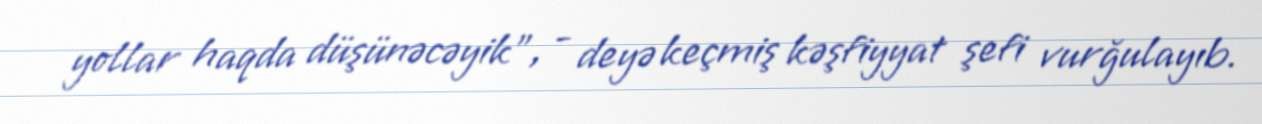
yollar haqda düşünəcəyik”, - deyə keçmiş kəşfiyyat şefi vurğulayıb.